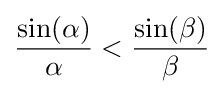
{\frac {\sin(\alpha )}{\alpha }}<{\frac {\sin(\beta )}{\beta }}